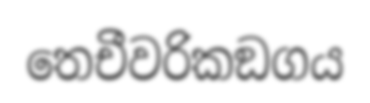
තෙචීවරිකඞගය